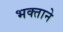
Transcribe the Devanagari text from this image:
भक्‍ताने